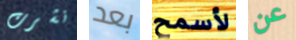
نشرت بعد لأسمح عن